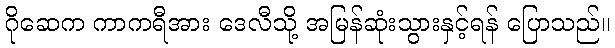
ဂိုဆေက ကာကရီအား ဒေလီသို့ အမြန်ဆုံးသွားနှင့်ရန် ပြောသည်။